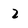
Character: 2